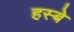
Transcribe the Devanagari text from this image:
हस्बे